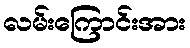
လမ်းကြောင်းအား